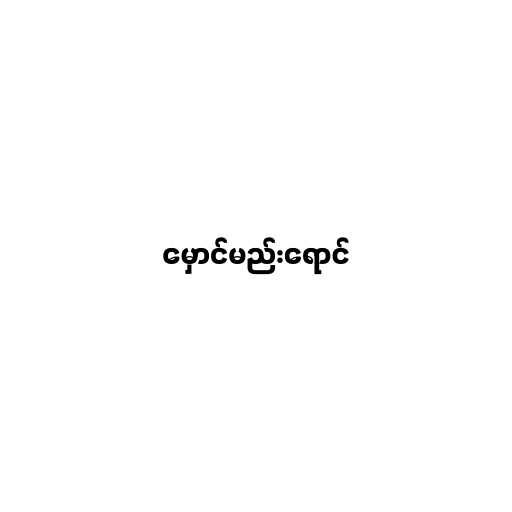
မှောင်မည်းရောင်